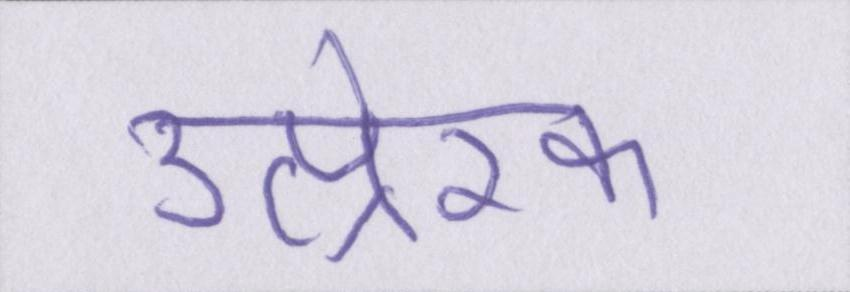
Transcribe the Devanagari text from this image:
उत्प्रेरक